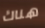
هناك